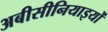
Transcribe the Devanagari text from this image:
अबीसीनियाइयों